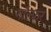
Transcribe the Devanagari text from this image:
गॉल्फर